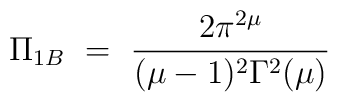
\Pi_{1B} ~=~ \frac{2\pi^{2\mu}}{(\mu-1)^2\Gamma^2(\mu)}